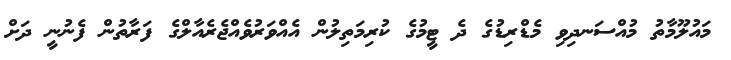
މައުލޫމާތު މުއްސަނދިވި މެޑްރިޑުގެ ދެ ޓީމުގެ ކުރިމަތިލުން އެއްވަރުވެއްޖެރެއާލްގެ ފަރާތުން ފެނުނީ ދަށް